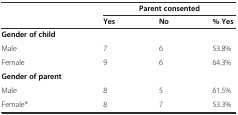
|  | <COLSPAN=3> Parent consented |
 |  | Yes | No | % Yes |
 | --- | --- | --- | --- |
 | Gender of child |  |  |  |
 | Male | 7 | 6 | 53.8% |
 | Female | 9 | 6 | 64.3% |
 | Gender of parent |  |  |  |
 | Male | 8 | 5 | 61.5% |
 | Female* | 8 | 7 | 53.3% |